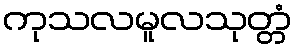
ကုသလမူလသုတ္တံ